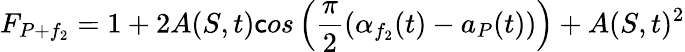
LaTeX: F_{P+f_{2}}=1+2A(S,t)\mathsf{c}os\left(\frac{{\pi}}{{2}}(\alpha_{f_{2}}(t)-a_{P}(t))\right)+A(S,t)^{2}